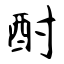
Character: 酎